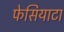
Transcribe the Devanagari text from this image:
फेसियाटा